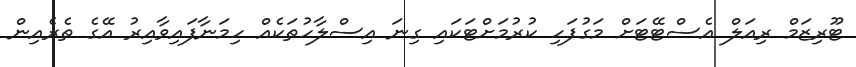
ޓޫރިޒަމް ރިއަލް އެސްޓޭޓަށް މަގުފަހި ކުރުމަށްޓަކައި ގިނަ އިސްލާހުތަކެއް ހިމަނާފައިވާއިރު އޭގެ ތެރެއިން